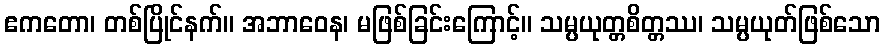
ဧကတော၊ တစ်ပြိုင်နက်။ အဘာဝေန၊ မဖြစ်ခြင်းကြောင့်။ သမ္ပယုတ္တစိတ္တဿ၊ သမ္ပယုတ်ဖြစ်သော